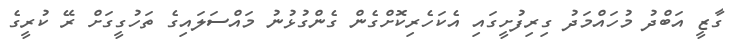
ގާޒީ އަބްދު މުހައްމަދު ގިރިފުށީގައި އެކަހެރިކޮށްގެން ގެންގުޅުނު މައްސަލައިގެ ތަހުގީގަށް ރޭ ކުރީގެ